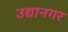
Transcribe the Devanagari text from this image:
उद्यानगर